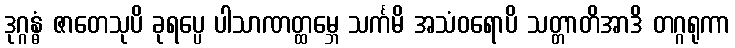
ဒုဂ္ဂန္ဓံ ဇာတေသုပိ ခုရပ္ပေ ပါသာဏတ္ထမ္ဘေ သင်္ကမိ အသံဝရောပိ သတ္တာတိအာဒိ တဂ္ဂရုကာ